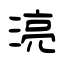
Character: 湸